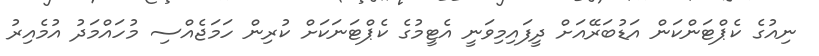
ނިއުގެ ކެޕްޓަންކަން އަޑުބަރޭއަށް ދީފައިމިވަނީ އެޓީމުގެ ކެޕްޓަނަކަށް ކުރިން ހަމަޖެއްސި މުހައްމަދު އުމެއިރު